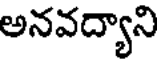
అనవద్యాని